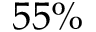
5 5 \%